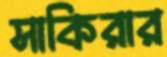
সাকিরার